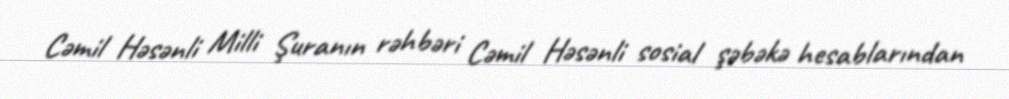
Cəmil Həsənli Milli Şuranın rəhbəri Cəmil Həsənli sosial şəbəkə hesablarından